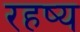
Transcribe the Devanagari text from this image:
रहष्य